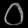
Digit: ၀